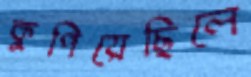
কুপিয়েছিলে